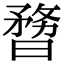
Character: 𣊃